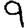
Digit: 9